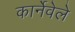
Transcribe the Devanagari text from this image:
कार्नेवेले